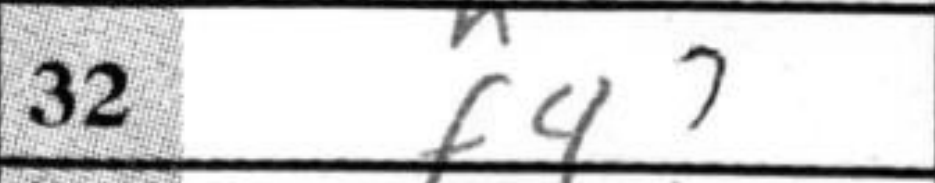
Transcription: f4